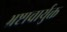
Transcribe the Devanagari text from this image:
भ्रष्टाचार्युक्त